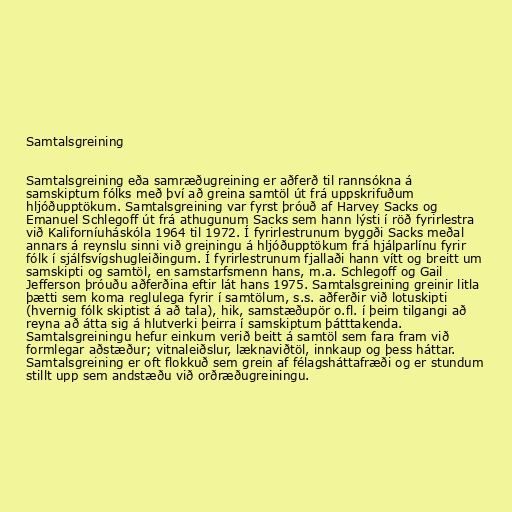
Samtalsgreining

Samtalsgreining eða samræðugreining er aðferð til rannsókna á
samskiptum fólks með því að greina samtöl út frá uppskrifuðum
hljóðupptökum. Samtalsgreining var fyrst þróuð af Harvey Sacks og
Emanuel Schlegoff út frá athugunum Sacks sem hann lýsti í röð fyrirlestra
við Kaliforníuháskóla 1964 til 1972. Í fyrirlestrunum byggði Sacks meðal
annars á reynslu sinni við greiningu á hljóðupptökum frá hjálparlínu fyrir
fólk í sjálfsvígshugleiðingum. Í fyrirlestrunum fjallaði hann vítt og breitt um
samskipti og samtöl, en samstarfsmenn hans, m.a. Schlegoff og Gail
Jefferson þróuðu aðferðina eftir lát hans 1975. Samtalsgreining greinir litla
þætti sem koma reglulega fyrir í samtölum, s.s. aðferðir við lotuskipti
(hvernig fólk skiptist á að tala), hik, samstæðupör o.fl. í þeim tilgangi að
reyna að átta sig á hlutverki þeirra í samskiptum þátttakenda.
Samtalsgreiningu hefur einkum verið beitt á samtöl sem fara fram við
formlegar aðstæður; vitnaleiðslur, læknaviðtöl, innkaup og þess háttar.
Samtalsgreining er oft flokkuð sem grein af félagsháttafræði og er stundum
stillt upp sem andstæðu við orðræðugreiningu.